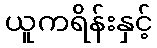
ယူကရိန်းနှင့်